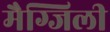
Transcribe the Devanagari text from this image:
मैग्जिली